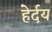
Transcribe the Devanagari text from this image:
हेर्दय